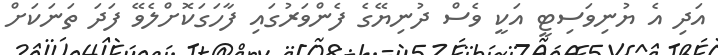
އަދި އެ ޔުނިވަސިޓީ އަކީ ވެސް ދުނިޔޭގެ ފެންވަރުގައި ފާހަގަކޮށްލެވޭ ފަދަ ތަނަކަށް